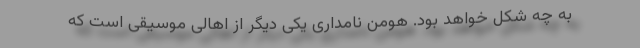
به چه شکل خواهد بود. هومن نامداری یکی دیگر از اهالی موسیقی است که